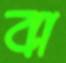
বা